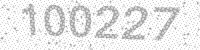
Solution: 100227